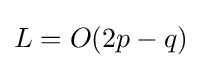
L=O(2p-q)